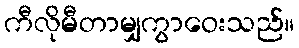
ကီလိုမီတာမျှကွာဝေးသည်။